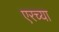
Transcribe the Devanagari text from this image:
एरच्या